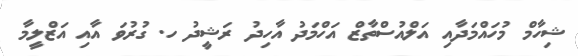
ޝިހާމް މުހައްމަދާއި އަލްއުސްތާޒް އަހްމަދު އާހިދު ރަޝީދު ހ. ގުރުވަ އާއި އަޒްލީމާ